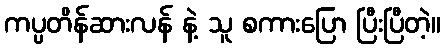
ကပ္ပတိန်ဆားလန် နဲ့ သူ စကားပြော ပြီးပြီတဲ့။